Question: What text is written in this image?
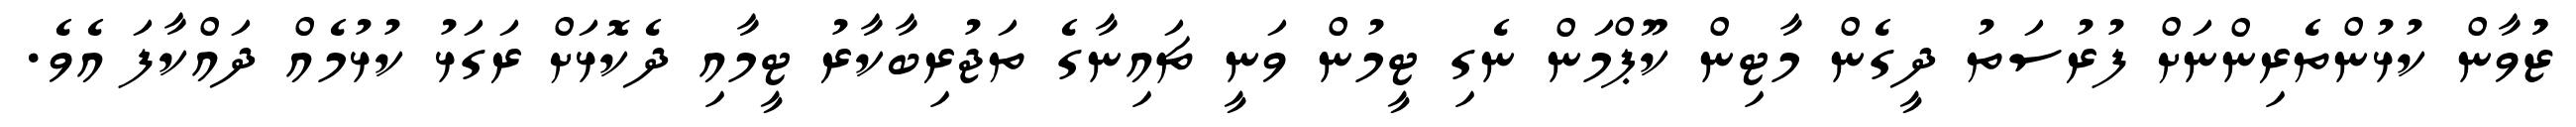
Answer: ޒުުވާން ކުޅުންތެރިންނަށް ފުރުސަތު ދީގެން މާޓިން ކޫޕްމަން ނެގި ޓީމުން ވަނީ ޗައިނާގެ ތަޖުރިބާކާރު ޓީމާއި ދެކޮޅަށް ރަގަޅު ކުޅުމެއް ދައްކާފަ އެވެ.